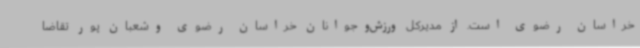
خراسان رضوی است. از مدیرکل ورزش‌وجوانان خراسان رضوی وشعبان پور تقاضا